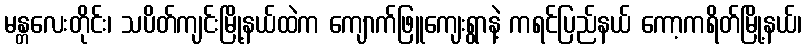
မန္တလေးတိုင်း၊ သပိတ်ကျင်းမြို့နယ်ထဲက ကျောက်ဖြူကျေးရွာနဲ့ ကရင်ပြည်နယ် ကော့ကရိတ်မြို့နယ်၊